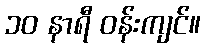
၁၀ နာရီ ဝန်းကျင်။